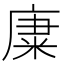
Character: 𥹺